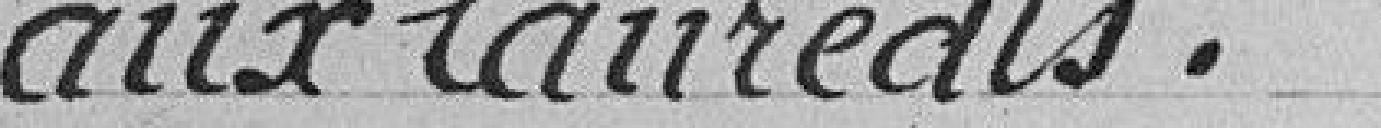
aux lauréats.